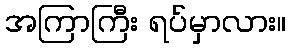
အကြာကြီး ရပ်မှာလား။